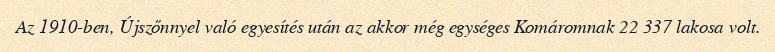
Az 1910-ben, Újszőnnyel való egyesítés után az akkor még egységes Komáromnak 22 337 lakosa volt.